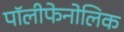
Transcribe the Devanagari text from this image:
पॉलीफेनोलिक